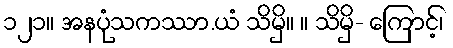
၁၂၁။ အနပုံသကဿာ.ယံ သိမှိ။ ။ သိမှိ- ကြောင့်၊